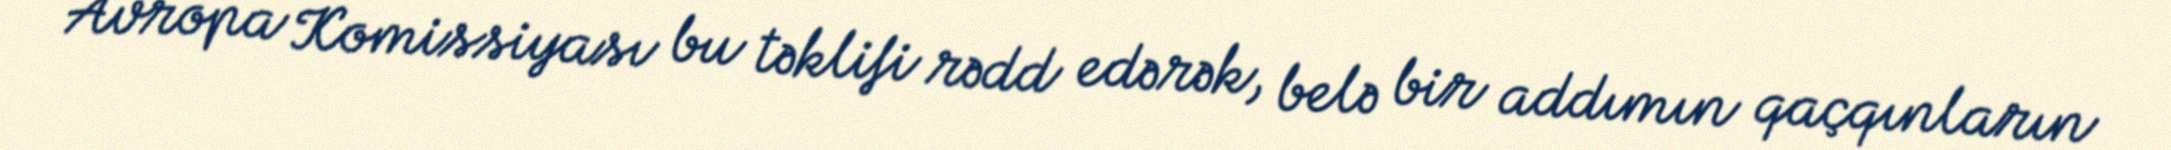
Avropa Komissiyası bu təklifi rədd edərək, belə bir addımın qaçqınların